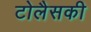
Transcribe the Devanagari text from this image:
टोलैसकी